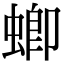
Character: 蝍